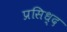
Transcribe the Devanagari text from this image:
प्रसिध्‍द